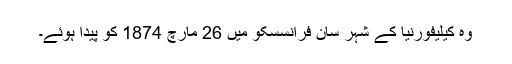
وُہ کیلیفورنیا کے شہر سان فرانسسکو میں 26 مارچ 1874 کو پیدا ہُوئے۔